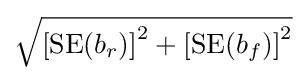
{\textstyle {\sqrt {\left[{\text{SE}}(b_{r})\right]^{2}+\left[{\text{SE}}(b_{f})\right]^{2}}}}